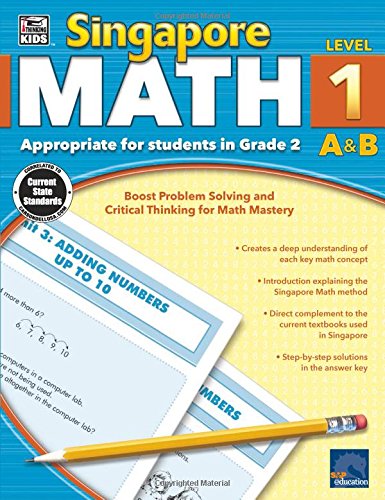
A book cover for Singapore Math, Grade 2; Children's Books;